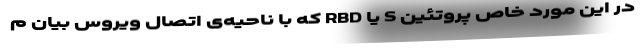
در این مورد خاص پروتئین S یا RBD که با ناحیه‌ی اتصال ویروس بیان م